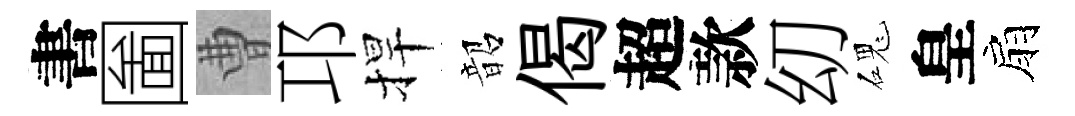
書圗曹邛捍韶偈超款㓜磈皇扇